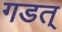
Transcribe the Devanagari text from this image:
गडत्